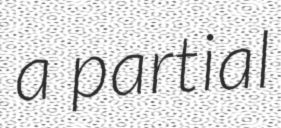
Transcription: a partial